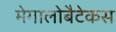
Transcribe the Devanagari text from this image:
मेगालोबैटेकस